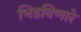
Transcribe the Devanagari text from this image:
भिडविणारे